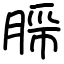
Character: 𬛂